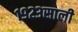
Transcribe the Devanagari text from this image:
१९२३साली